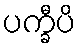
ပက္ခီပိ